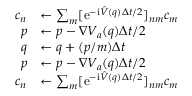
\begin{array} { r l } { c _ { n } } & { \leftarrow \sum _ { m } [ \mathrm { e } ^ { - \mathrm { i } \hat { V } ( q ) \Delta t / 2 } ] _ { n m } c _ { m } } \\ { p } & { \leftarrow p - \nabla V _ { a } ( q ) \Delta t / 2 } \\ { q } & { \leftarrow q + ( p / m ) \Delta t } \\ { p } & { \leftarrow p - \nabla V _ { a } ( q ) \Delta t / 2 } \\ { c _ { n } } & { \leftarrow \sum _ { m } [ \mathrm { e } ^ { - \mathrm { i } \hat { V } ( q ) \Delta t / 2 } ] _ { n m } c _ { m } } \end{array}